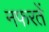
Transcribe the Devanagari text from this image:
नफरतें